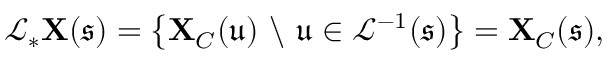
\mathcal { L } _ { * } \mathbf { X } ( \mathfrak { s } ) = \left\{ \mathbf { X } _ { C } ( \mathfrak { u } ) \ \backslash \ \mathfrak { u } \in \mathcal { L } ^ { - 1 } ( \mathfrak { s } ) \right\} = \mathbf { X } _ { C } ( \mathfrak { s } ) ,